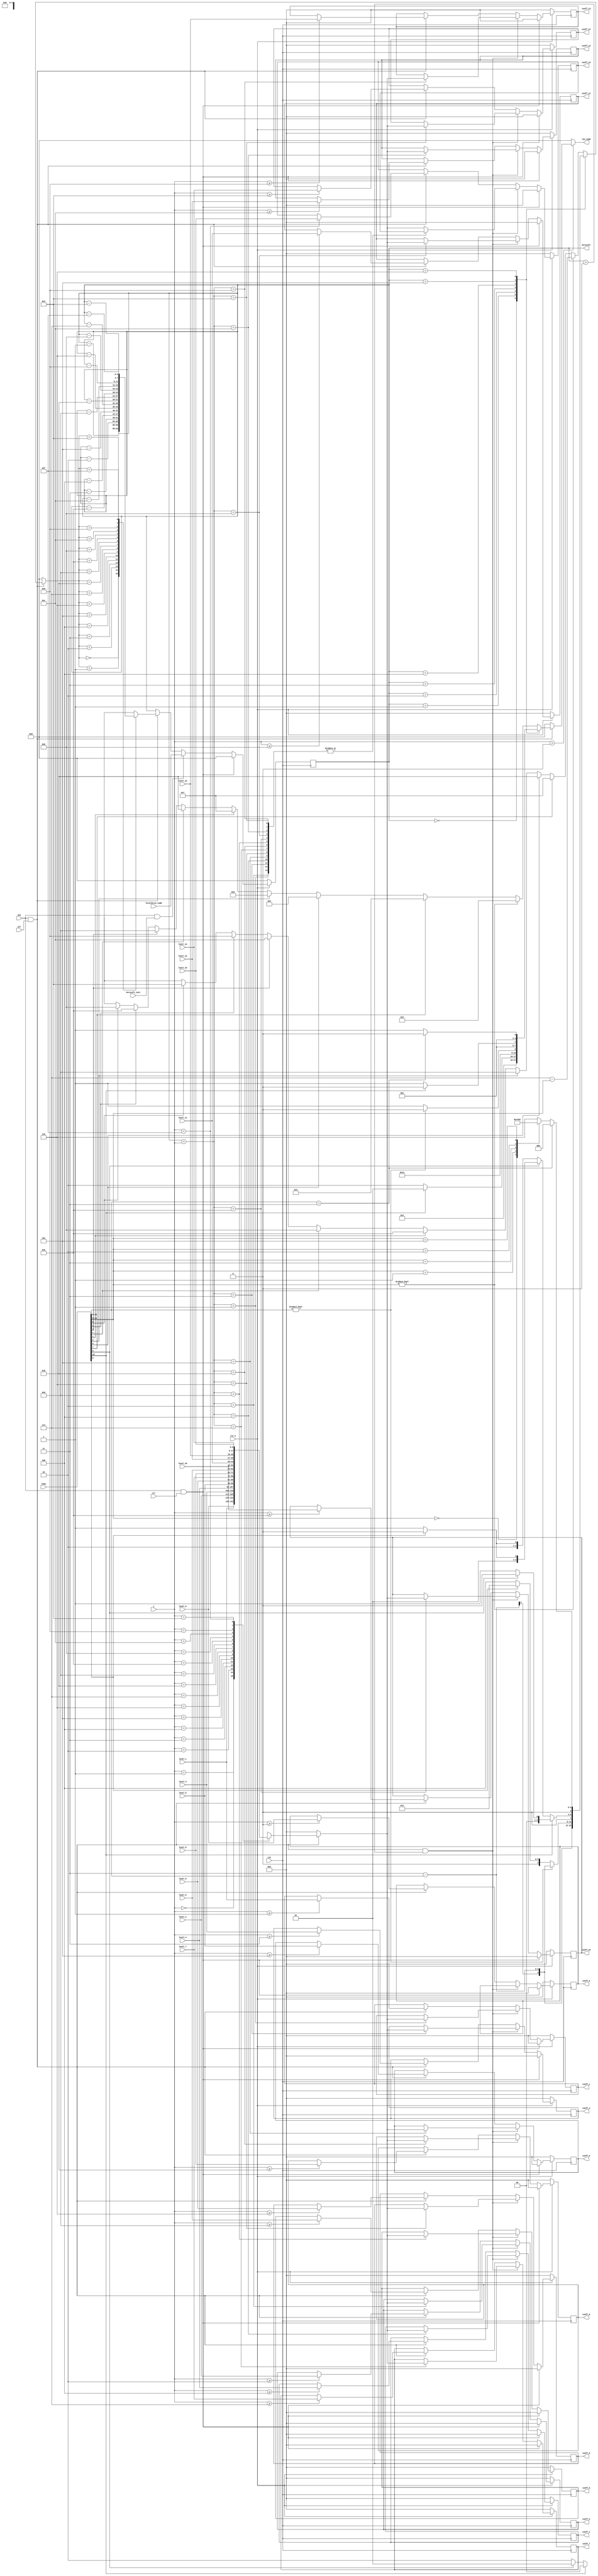
module cavlc_read_run_befores
(
    clk,
    rst_n,
    ena,
    sel,
    clr,
    ZeroLeft_init,
    
    rbsp,
    i,
    TotalZeros_comb,
    
    level_0,
    level_1,
    level_2,
    level_3,
    level_4,
    level_5,
    level_6,
    level_7,
    level_8,
    level_9,
    level_10,
    level_11,
    level_12,
    level_13,
    level_14,
    level_15,
        
    coeff_0,
    coeff_1,
    coeff_2,
    coeff_3,
    coeff_4,
    coeff_5,
    coeff_6,
    coeff_7,
    coeff_8,
    coeff_9,
    coeff_10,
    coeff_11,
    coeff_12,
    coeff_13,
    coeff_14,
    coeff_15,
    ZeroLeft,
    len_comb
);  
//----------------------
//ports
//----------------------
input   clk;
input   rst_n;
input   ena;
input   sel;
input   clr;
input   ZeroLeft_init;

input   [0:10]  rbsp;
input   [3:0]   i;          //range from TotalCoeff-1 to 0
input   [3:0]   TotalZeros_comb;

input   [8:0]   level_0;
input   [8:0]   level_1;
input   [8:0]   level_2;
input   [8:0]   level_3;
input   [8:0]   level_4;
input   [8:0]   level_5;
input   [8:0]   level_6;
input   [8:0]   level_7;
input   [8:0]   level_8;
input   [8:0]   level_9;
input   [8:0]   level_10;
input   [8:0]   level_11;
input   [8:0]   level_12;
input   [8:0]   level_13;
input   [8:0]   level_14;
input   [8:0]   level_15;

output  [8:0]   coeff_0;
output  [8:0]   coeff_1;
output  [8:0]   coeff_2;
output  [8:0]   coeff_3;
output  [8:0]   coeff_4;
output  [8:0]   coeff_5;
output  [8:0]   coeff_6;
output  [8:0]   coeff_7;
output  [8:0]   coeff_8;
output  [8:0]   coeff_9;
output  [8:0]   coeff_10;
output  [8:0]   coeff_11;
output  [8:0]   coeff_12;
output  [8:0]   coeff_13;
output  [8:0]   coeff_14;
output  [8:0]   coeff_15;

output  [3:0]   ZeroLeft;

output  [3:0]   len_comb;

//----------------------
//regs
//----------------------
reg     [3:0]   run;
reg     [3:0]   len;
reg     [8:0]   coeff;


reg     [3:0]   len_comb;

//----------------------
//FFs
//----------------------
reg     [3:0]   ZeroLeft;

reg     [8:0]   coeff_0;
reg     [8:0]   coeff_1;
reg     [8:0]   coeff_2;
reg     [8:0]   coeff_3;
reg     [8:0]   coeff_4;
reg     [8:0]   coeff_5;
reg     [8:0]   coeff_6;
reg     [8:0]   coeff_7;
reg     [8:0]   coeff_8;
reg     [8:0]   coeff_9;
reg     [8:0]   coeff_10;
reg     [8:0]   coeff_11;
reg     [8:0]   coeff_12;
reg     [8:0]   coeff_13;
reg     [8:0]   coeff_14;
reg     [8:0]   coeff_15;

//----------------------
//run & len
//----------------------
always @(rbsp or ZeroLeft or ena or sel)
if (ena && sel)
case(ZeroLeft)
    0 : begin len <= 0; run <= 0; end
    1 : begin len <= 1; run <= rbsp[0]? 0:1; end
    2 : begin if (rbsp[0]) begin
            run <= 0;
            len <= 1;
        end
        else if (rbsp[1]) begin
            run <= 1;
            len <= 2;
        end 
        else begin
            run <= 2;
            len <= 2;
        end
    end
    3 : begin
        run <= 3 - rbsp[0:1];
        len <= 2;
    end
    4 : begin
        if (rbsp[0:1] != 0) begin
            run <= 3 - rbsp[0:1];
            len <= 2;
        end
        else begin
            run <= rbsp[2]? 3:4;
            len <= 3;
        end
    end
    5 : begin
        if (rbsp[0]) begin
            run <= rbsp[1]? 0:1;
            len <= 2;
        end
        else if (rbsp[1]) begin
            run <= rbsp[2]? 2:3;
            len <= 3;
        end     
        else begin
            run <= rbsp[2]? 4:5;
            len <= 3;       
        end
    end
    6 : begin
        if (rbsp[0:1] == 2'b11) begin
            run <= 0;
            len <= 2;
        end
        else begin
            len <= 3;
            case(rbsp[0:2])
                3'b000 : run <= 1;
                3'b001 : run <= 2;
                3'b011 : run <= 3;
                3'b010 : run <= 4;
                3'b101 : run <= 5;
                default: run <= 6;
            endcase
        end     
    end
    default : begin
        if (rbsp[0:2] != 0) begin
            run <= 7 - rbsp[0:2];
            len <= 3;
        end
        else begin
            case (1'b1)
                rbsp[3] : begin run <= 7;   len <= 4; end
                rbsp[4] : begin run <= 8;   len <= 5; end
                rbsp[5] : begin run <= 9;   len <= 6; end
                rbsp[6] : begin run <= 10;  len <= 7; end
                rbsp[7] : begin run <= 11;  len <= 8; end
                rbsp[8] : begin run <= 12;  len <= 9; end
                rbsp[9] : begin run <= 13;  len <= 10;end
                rbsp[10]: begin run <= 14;  len <= 11;end
                default : begin run <= 'bx; len <='bx;end
            endcase
        end
    end
endcase
else begin
    len <= 0;
    run <= 0;
end

//----------------------
//len_comb
//----------------------
always @(*)
if (i >  0)
    len_comb <= len;
else
    len_comb <= 0;
    

// syao added
reg [3:0] ZeroLeft_m0;
reg [3:0] ZeroLeft_m1;
reg [3:0] ZeroLeft_m2;
reg [3:0] ZeroLeft_m3;
reg [3:0] ZeroLeft_m4;
reg [3:0] ZeroLeft_m5;
reg [3:0] ZeroLeft_m6;
reg [3:0] ZeroLeft_m7;
reg [3:0] ZeroLeft_m8;
reg [3:0] ZeroLeft_m9;
reg [3:0] ZeroLeft_m10;
reg [3:0] ZeroLeft_m11;
reg [3:0] ZeroLeft_m12;
reg [3:0] ZeroLeft_m13;
reg [3:0] ZeroLeft_m14;
reg [3:0] ZeroLeft_m15;
reg [3:0] e_ZeroLeft;

always @(*)
begin
    ZeroLeft_m0  <= ZeroLeft;
    ZeroLeft_m1  <= ZeroLeft - 4'd1 ;
    ZeroLeft_m2  <= ZeroLeft - 4'd2 ;
    ZeroLeft_m3  <= ZeroLeft - 4'd3 ;
    ZeroLeft_m4  <= ZeroLeft - 4'd4 ;
    ZeroLeft_m5  <= ZeroLeft - 4'd5 ;
    ZeroLeft_m6  <= ZeroLeft - 4'd6 ;
    ZeroLeft_m7  <= ZeroLeft - 4'd7 ;
    ZeroLeft_m8  <= ZeroLeft - 4'd8 ;
    ZeroLeft_m9  <= ZeroLeft - 4'd9 ;
    ZeroLeft_m10 <= ZeroLeft - 4'd10;
    ZeroLeft_m11 <= ZeroLeft - 4'd11;
    ZeroLeft_m12 <= ZeroLeft - 4'd12;
    ZeroLeft_m13 <= ZeroLeft - 4'd13;
    ZeroLeft_m14 <= ZeroLeft - 4'd14;
    ZeroLeft_m15 <= ZeroLeft - 4'd15;
end    
    
always @(*)
begin
    case(run)
    4'd0  : e_ZeroLeft <= ZeroLeft_m0 ;
    4'd1  : e_ZeroLeft <= ZeroLeft_m1 ;
    4'd2  : e_ZeroLeft <= ZeroLeft_m2 ;
    4'd3  : e_ZeroLeft <= ZeroLeft_m3 ;
    4'd4  : e_ZeroLeft <= ZeroLeft_m4 ;
    4'd5  : e_ZeroLeft <= ZeroLeft_m5 ;
    4'd6  : e_ZeroLeft <= ZeroLeft_m6 ;
    4'd7  : e_ZeroLeft <= ZeroLeft_m7 ;
    4'd8  : e_ZeroLeft <= ZeroLeft_m8 ;
    4'd9  : e_ZeroLeft <= ZeroLeft_m9 ;
    4'd10 : e_ZeroLeft <= ZeroLeft_m10;
    4'd11 : e_ZeroLeft <= ZeroLeft_m11;
    4'd12 : e_ZeroLeft <= ZeroLeft_m12;
    4'd13 : e_ZeroLeft <= ZeroLeft_m13;
    4'd14 : e_ZeroLeft <= ZeroLeft_m14;
    4'd15 : e_ZeroLeft <= ZeroLeft_m15;
    default : e_ZeroLeft <= 4'hx;
    endcase
end    
    
//----------------------
//ZeroLeft
//----------------------
always @(posedge clk/* or negedge rst_n*/)
if (!rst_n)
    ZeroLeft <= 0;
else if (ena && clr)    //in case TotalCoeff >= max_coeff_num
    ZeroLeft <= 0;
else if (ena && ZeroLeft_init)
    ZeroLeft <= TotalZeros_comb;
else if (ena && sel )//if ZeroLeft == 0, run will be 0
//    ZeroLeft <= ZeroLeft - run; 
    ZeroLeft <= e_ZeroLeft; 
        
//----------------------
//coeff
//----------------------
always @(*)
if (ena && sel)
case (i)
    0 :coeff <= level_0;
    1 :coeff <= level_1;
    2 :coeff <= level_2;
    3 :coeff <= level_3;
    4 :coeff <= level_4;
    5 :coeff <= level_5;    
    6 :coeff <= level_6;
    7 :coeff <= level_7;
    8 :coeff <= level_8;
    9 :coeff <= level_9;
    10:coeff <= level_10;
    11:coeff <= level_11;       
    12:coeff <= level_12;
    13:coeff <= level_13;
    14:coeff <= level_14;
    15:coeff <= level_15;
endcase
else
    coeff <= 0;

//----------------------
//coeff_0 to coeff_15
//----------------------
always @(posedge clk/* or negedge rst_n*/)
if (!rst_n) begin
    coeff_0 <= 0;   coeff_1 <= 0;   coeff_2 <= 0;   coeff_3 <= 0;
    coeff_4 <= 0;   coeff_5 <= 0;   coeff_6 <= 0;   coeff_7 <= 0;
    coeff_8 <= 0;   coeff_9 <= 0;   coeff_10<= 0;   coeff_11<= 0;
    coeff_12<= 0;   coeff_13<= 0;   coeff_14<= 0;   coeff_15<= 0;
end
else if (ena && clr) begin
    coeff_0 <= 0;   coeff_1 <= 0;   coeff_2 <= 0;   coeff_3 <= 0;
    coeff_4 <= 0;   coeff_5 <= 0;   coeff_6 <= 0;   coeff_7 <= 0;
    coeff_8 <= 0;   coeff_9 <= 0;   coeff_10<= 0;   coeff_11<= 0;
    coeff_12<= 0;   coeff_13<= 0;   coeff_14<= 0;   coeff_15<= 0;
end
else if (ena && sel && ZeroLeft > 0)
case (ZeroLeft+i)
    1 :coeff_1  <= coeff;
    2 :coeff_2  <= coeff;
    3 :coeff_3  <= coeff;
    4 :coeff_4  <= coeff;
    5 :coeff_5  <= coeff;
    6 :coeff_6  <= coeff;
    7 :coeff_7  <= coeff;
    8 :coeff_8  <= coeff;
    9 :coeff_9  <= coeff;
    10:coeff_10 <= coeff;
    11:coeff_11 <= coeff;
    12:coeff_12 <= coeff;
    13:coeff_13 <= coeff;
    14:coeff_14 <= coeff;
    default:
    coeff_15    <= coeff;
endcase
else if (ena && sel) begin
    if (i >= 0) coeff_0  <= level_0;
    if (i >= 1) coeff_1  <= level_1;
    if (i >= 2) coeff_2  <= level_2;
    if (i >= 3) coeff_3  <= level_3;
    if (i >= 4) coeff_4  <= level_4;
    if (i >= 5) coeff_5  <= level_5;
    if (i >= 6) coeff_6  <= level_6;
    if (i >= 7) coeff_7  <= level_7;
    if (i >= 8) coeff_8  <= level_8;
    if (i >= 9) coeff_9  <= level_9;
    if (i >= 10)coeff_10 <= level_10;
    if (i >= 11)coeff_11 <= level_11;
    if (i >= 12)coeff_12 <= level_12;
    if (i >= 13)coeff_13 <= level_13;
    if (i >= 14)coeff_14 <= level_14;
    if (i == 15)coeff_15 <= level_15;
end
endmodule